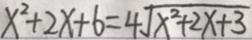
x ^ { 2 } + 2 x + 6 = 4 \sqrt { x ^ { 2 } + 2 x + 3 }